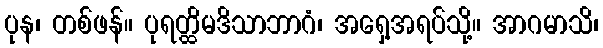
ပုန၊ တစ်ဖန်။ ပုရတ္ထိမဒိသာဘာဂံ၊ အရှေ့အရပ်သို့။ အာဂမာသိ၊